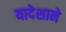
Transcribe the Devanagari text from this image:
यादेशाने